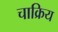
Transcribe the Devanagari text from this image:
चाक्रिय